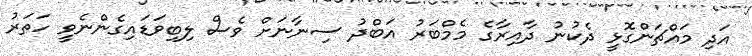
އަދި މައްޗަންގޮޅީ ދެކުނު ދާއިރާގެ މެމްބަރު އަބްދު ސިނާނަށް ވެސް ލިބިވަޑައިގެންނެވީ ހަތަރު